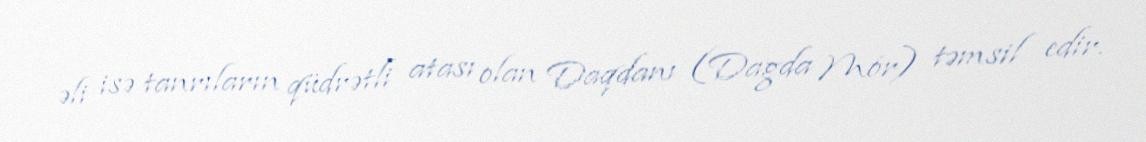
əli isə tanrıların qüdrətli atası olan Daqdanı (Dagda Mór) təmsil edir.